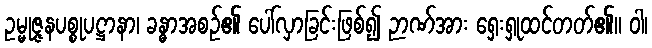
ဥမ္မုဇ္ဇနပစ္စုပဋ္ဌာနာ၊ ခန္ဓာအစဉ်၏ ပေါ်လှာခြင်းဖြစ်၍ ဉာဏ်အား ရှေးရှုထင်တတ်၏။ ဝါ၊